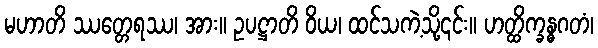
မဟာတိ ဿတ္တေရဿ၊ အား။ ဥပဋ္ဌာတိ ဝိယ၊ ထင်သကဲ့သို့၎င်း။ ဟတ္ထိက္ခန္ဓဂတံ၊